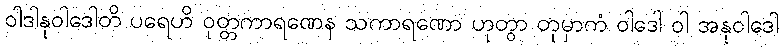
ဝါဒါနုဝါဒေါတိ ပရေဟိ ဝုတ္တကာရဏေန သကာရဏော ဟုတွာ တုမှာကံ ဝါဒေါ ဝါ အနုဝါဒေါ